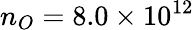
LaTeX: n_{O}=8.0\times 10^{12}